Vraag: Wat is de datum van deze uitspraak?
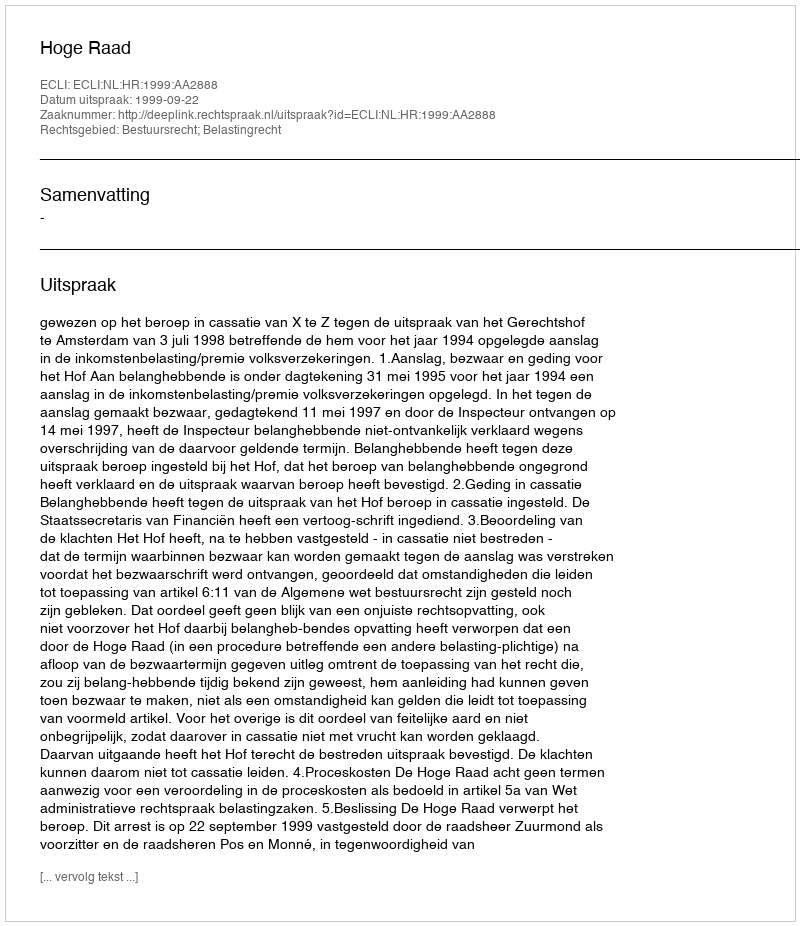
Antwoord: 1999-09-22